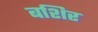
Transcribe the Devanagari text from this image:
बशिर